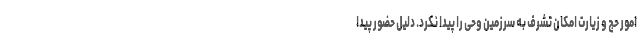
امور حج و زیارت امکان تشرف به سرزمین وحی را پیدا نکرد. دلیل حضور پیدا